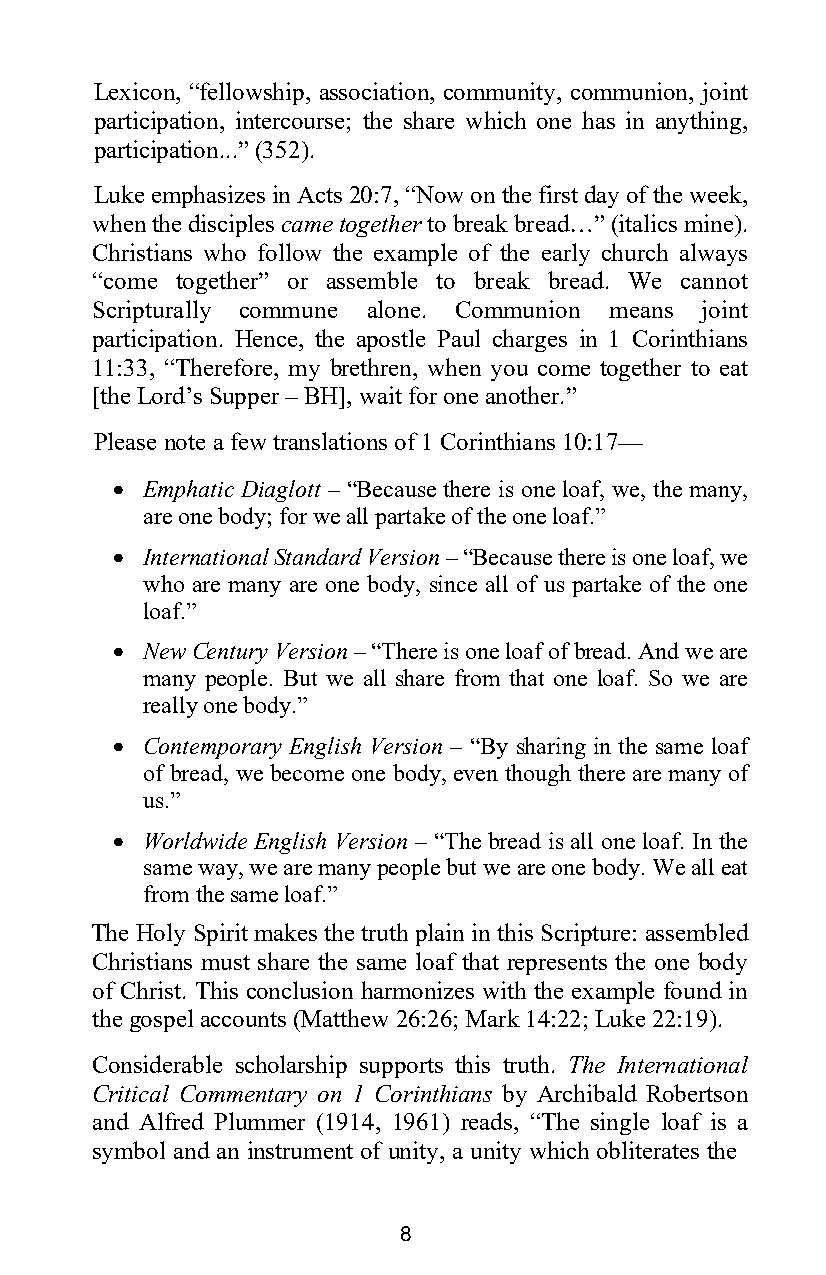
Lexicon, “fellowship, association, community, communion, joint
 participation, intercourse; the share which one has in anything,
 participation...” (352).
 Luke emphasizes in Acts 20:7, “Now on the first day of the week,
 when the disciples came together to break bread…” (italics mine).
 Christians who follow the example of the early church always
 “come together” or assemble to break bread. We cannot
 Scripturally commune alone. Communion means joint
 participation. Hence, the apostle Paul charges in 1 Corinthians
 11:33, “Therefore, my brethren, when you come together to eat
 [the Lord’s Supper – BH], wait for one another.”
 Please note a few translations of 1 Corinthians 10:17—
 • Emphatic Diaglott – “Because there is one loaf, we, the many,
 are one body; for we all partake of the one loaf.”
 • International Standard Version – “Because there is one loaf, we
 who are many are one body, since all of us partake of the one
 loaf.”
 • New Century Version – “There is one loaf of bread. And we are
 many people. But we all share from that one loaf. So we are
 really one body.”
 • Contemporary English Version – “By sharing in the same loaf
 of bread, we become one body, even though there are many of
 us.”
 • Worldwide English Version – “The bread is all one loaf. In the
 same way, we are many people but we are one body. We all eat
 from the same loaf.”
 The Holy Spirit makes the truth plain in this Scripture: assembled
 Christians must share the same loaf that represents the one body
 of Christ. This conclusion harmonizes with the example found in
 the gospel accounts (Matthew 26:26; Mark 14:22; Luke 22:19).
 Considerable scholarship supports this truth. The International
 Critical Commentary on 1 Corinthians by Archibald Robertson
 and Alfred Plummer (1914, 1961) reads, “The single loaf is a
 symbol and an instrument of unity, a unity which obliterates the
 8